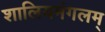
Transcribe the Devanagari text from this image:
शालियमंगलम्‌